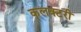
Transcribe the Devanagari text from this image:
कलक्‍टरी